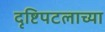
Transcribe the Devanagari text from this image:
दृष्टिपटलाच्या